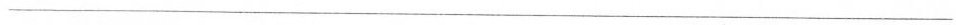
___